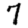
Digit: 7